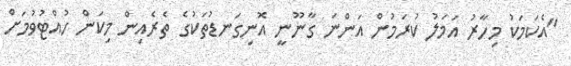
"އެކަމަކު މިހާރު އަމަލު ކުރަމުން އަންނަ ގާނޫނީ އޮނިގަނޑުތަކުގެ ތެރެއިން މިކަން ހުއްޓުވުމަށް